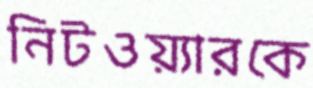
নিটওয়্যারকে